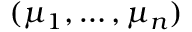
( \mu _ { 1 } , \ldots , \mu _ { n } )